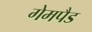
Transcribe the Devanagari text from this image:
गेमपैड